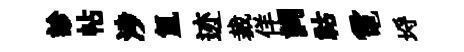
診帖涉氲迹裁佯詞祜電埓